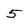
Character: 5